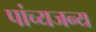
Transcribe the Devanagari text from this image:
पांच्यजन्य